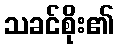
သခင်စိုး၏